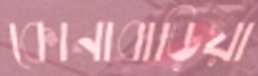
কোনাবাড়িয়া